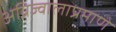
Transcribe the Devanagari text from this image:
अग्निज्वालाप्रमाणे